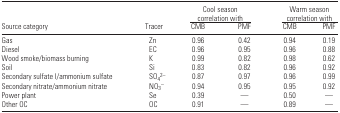
|  |  | <COLSPAN=2> Cool season correlation with | <COLSPAN=2> Warm season correlation with |
 | Source category | Tracer | CMB | PMF | CMB | PMF |
 | --- | --- | --- | --- | --- | --- |
 | Gas | Zn | 0.96 | 0.42 | 0.94 | 0.19 |
 | Diesel | EC | 0.96 | 0.95 | 0.96 | 0.88 |
 | Wood smoke/biomass burning | K | 0.99 | 0.82 | 0.98 | 0.62 |
 | Soil | Si | 0.83 | 0.82 | 0.96 | 0.92 |
 | Secondary sulfate I/ammonium sulfate | SO42− | 0.87 | 0.97 | 0.96 | 0.99 |
 | Secondary nitrate/ammonium nitrate | NO3− | 0.94 | 0.95 | 0.95 | 0.92 |
 | Power plant | Se | 0.39 | — | 0.50 | — |
 | Other OC | OC | 0.91 | — | 0.89 | — |